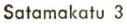
Satamakatu 3